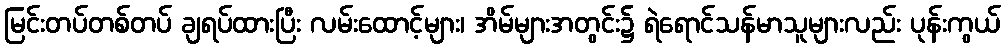
မြင်းတပ်တစ်တပ် ချရပ်ထားပြီး လမ်းထောင့်များ၊ အိမ်များအတွင်း၌ ရဲရောင်သန်မာသူများလည်း ပုန်းကွယ်